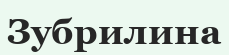
Зубрилина